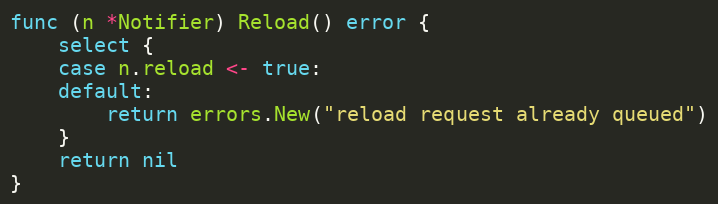
Language: Go
func (n *Notifier) Reload() error {
	select {
	case n.reload <- true:
	default:
		return errors.New("reload request already queued")
	}
	return nil
}